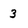
Character: 3